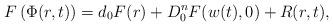
LaTeX: \begin{align*}F\left(\Phi(r,t)\right)=d_0F(r)+D_0^n F( w (t),0) + R(r, t),\end{align*}